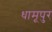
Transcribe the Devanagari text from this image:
धामूपुर